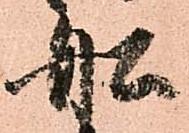
船